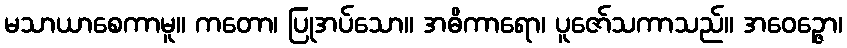
မသာယာစေကာမူ။ ကတော၊ ပြုအပ်သော။ အဓိကာရော၊ ပူဇော်သကာသည်။ အဝေဉ္ဇော၊